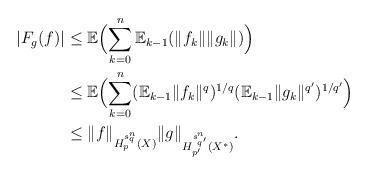
LaTeX: \begin{align*} |F_g(f)| &\leq \mathbb E \Bigl(\sum_{k=0}^{n} \mathbb E_{k-1}(\|f_k\|\|g_k\|)\Bigr)\\ &\leq \mathbb E\Bigl(\sum_{k=0}^{n} (\mathbb E_{k-1}\|f_k\|^q)^{1/q}(\mathbb E_{k-1}\|g_k\|^{q'})^{1/{q'}}\Bigr)\\ &\leq \|f\|_{H^{s_q^n}_p(X)}\|g\|_{H^{s_{q'}^n}_{p'}(X^*)}. \end{align*}